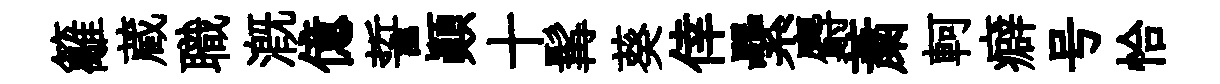
籬蔵職溉億誓顚十髯葵倖纍麝䔥軻癖号恰